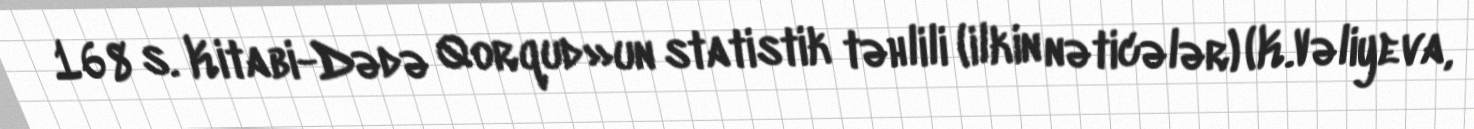
168 s. Kitabi-Dədə Qorqud»un statistik təhlili (ilkin nəticələr) (K.Vəliyeva,